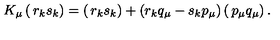
K _ { \mu } \left( \begin{matrix} { r _ { k } } \\ { s _ { k } } \\ \end{matrix} \right) = \left( \begin{matrix} { r _ { k } } \\ { s _ { k } } \\ \end{matrix} \right) + ( r _ { k } q _ { \mu } - s _ { k } p _ { \mu } ) \left( \begin{matrix} { p _ { \mu } } \\ { q _ { \mu } } \\ \end{matrix} \right) .